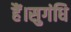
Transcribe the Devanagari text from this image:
हैं।सुगंधि